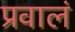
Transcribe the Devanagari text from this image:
प्रवालं